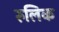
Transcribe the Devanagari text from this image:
रुलिक